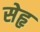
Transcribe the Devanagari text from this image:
सेहृ